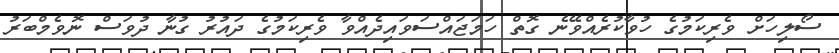
ސޯލިހަށް ވެރިކަމުގެ ހުވާކުރެއްވޭނެ ގޮތް ހަމަޖައްސަވައިދެއްވާ ވެރިކަމުގެ ދައުރު ގުނާ ދުވަސް ނޮވެމްބަރު